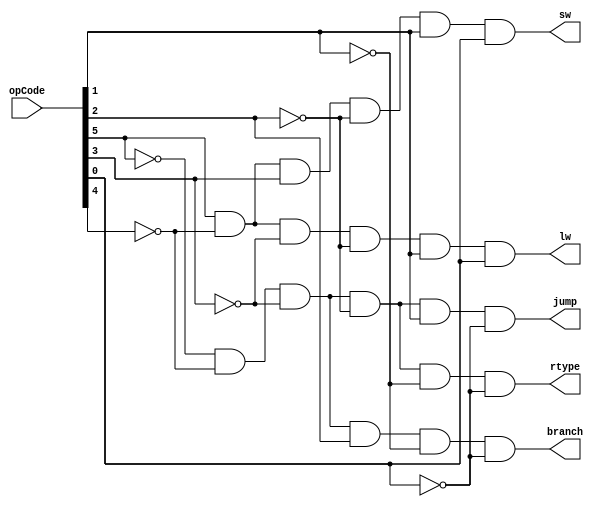
module yC1(rtype, lw, sw, jump, branch, opCode);
output rtype, lw, sw, jump, branch;
input [5:0] opCode;
wire [0:0] not5 ,not4, not3, not2, not1, not0;
not (not5, opCode[5]);
not (not4, opCode[4]);
not (not3, opCode[3]);
not (not2, opCode[2]);
not (not1, opCode[1]);
not (not0, opCode[0]);
and (rtype, not5, not4, not3, not2, not1, not0);			//--------R-Type(000000)---------
and (jump, not5, not4, not3, not2, opCode[1], not0);			//--------Jump(000010)-----------
and (branch, not5, not4,not3, opCode[2], not1, not0);			//--------branch(000100)---------
  and (sw, opCode[5], not4 ,opCode[3], not2, opCode[1], opCode[0]);	//--------sw(101011)-------------
and (lw, opCode[5], not4, not3, not2, opCode[1], opCode[0]);		//--------lw(100011)-------------
endmodule